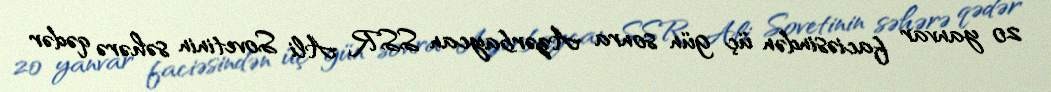
20 yanvar faciəsindən üç gün sonra Azərbaycan SSR Ali Sovetinin səhərə qədər